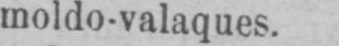
moldo-valaques.